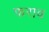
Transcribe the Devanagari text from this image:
फराव